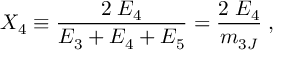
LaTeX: X _ { 4 } \equiv \frac { 2 \; E _ { 4 } } { E _ { 3 } + E _ { 4 } + E _ { 5 } } = \frac { 2 \; E _ { 4 } } { m _ { 3 J } } \; ,